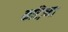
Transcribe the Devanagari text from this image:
करिज़्मा